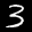
Label: 3